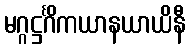
မဂ္ဂဋ္ဌင်္ဂိကယာနယာယိနီ